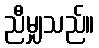
ညီမျှသည်။